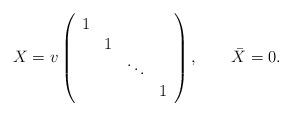
LaTeX: \begin{align*}X = v\left( \begin{array}{cccc} 1&&& \\ &1&& \\ &&\ddots& \\ &&&1\end{array} \right), \qquad\bar{X} = 0.\end{align*}